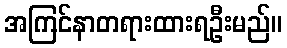
အကြင်နာတရားထားရဦးမည်။